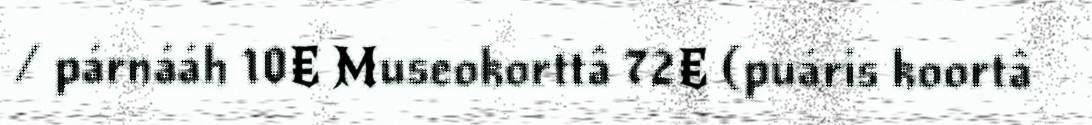
/ párnááh 10€ Museokorttâ 72€ (puáris koortâ